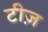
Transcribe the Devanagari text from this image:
टीज़